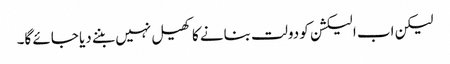
لیکن اب الیکشن کو دولت بنانے کا کھیل نہیں بننے دیا جائے گا۔